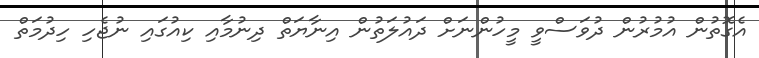
އެގޮތުން އުމުރުން ދުވަސްވީ މީހުންނަށް ދައުލަތުން އިނާޔަތް ދިނުމާއި ކިއުގައި ނުޖެހި ހިދުމަތް